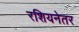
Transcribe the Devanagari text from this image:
रशियनेतर